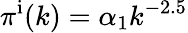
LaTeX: \pi^{\mathrm{i}}(k)=\alpha_{1}k^{-2.5}